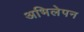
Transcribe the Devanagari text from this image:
अभिलेपन